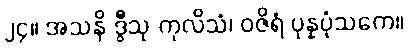
၂၄။ အသနိ ဒွီသု ကုလိသံ၊ ဝဇိရံ ပုန္နပုံသကေ။